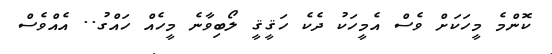
ކޮންމެ މީހަކަށް ވެސް އެމީހަކު ދެކެ ހަޤީޤީ ލޯބިވާނެ މީހެއް ހައްގު.. އެއްވެސް